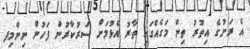
އެ ރަށުގެ އިތުރު ތިން މަގެއްގައި ތާރު އެޅުމަށް ސަރުކާރުން ފަހުން ނިންމިފ